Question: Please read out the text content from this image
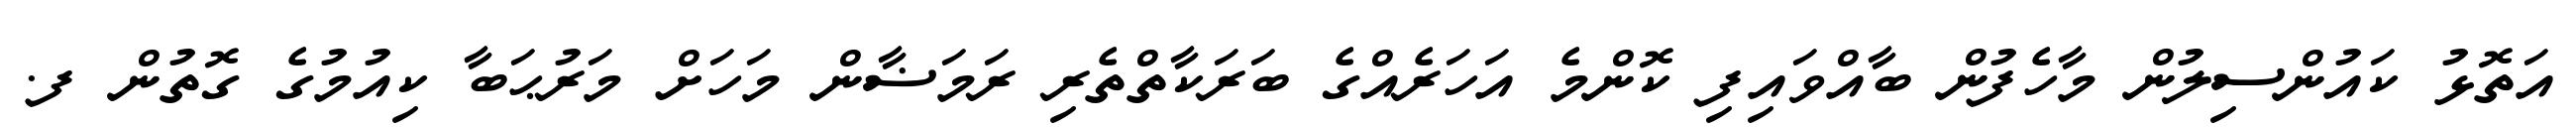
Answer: އަތޮޅު ކައުންސިލުން މާހެފުން ބާއްވައިފި ކޮންމެ އަހަރެއްގެ ބަރަކާތްތެރި ރަމަޟާން މަހަށް މަރުޙަބާ ކިއުމުގެ ގޮތުން ފ.